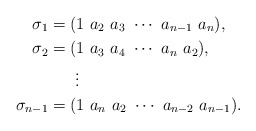
\begin{align*}\sigma_1& = (1\ a_2\ a_3\ \cdots\ a_{n-1}\ a_{n}),\\\sigma_2& = (1\ a_3\ a_4\ \cdots\ a_{n}\ a_{2}),\\&\ \ \ \ \ \vdots\\\sigma_{n-1}& = (1\ a_n\ a_2\ \cdots\ a_{n-2}\ a_{n-1}).\end{align*}